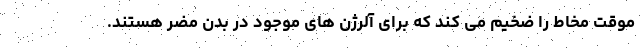
موقت مخاط را ضخیم می کند که برای آلرژن های موجود در بدن مضر هستند.